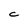
Character: C